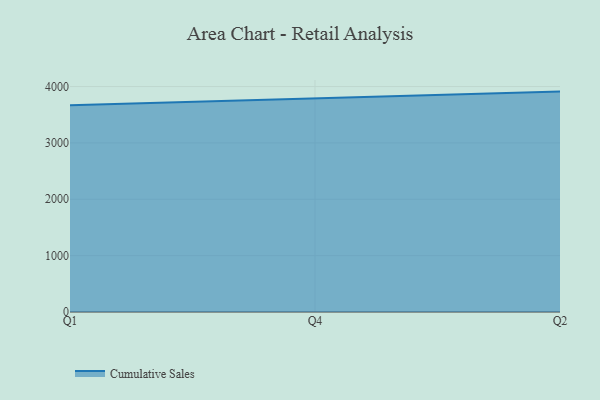
{"axis": {"x": "Quarter", "y": "Humidity (%)"}, "legend": ["Cumulative Sales"], "data": [{"x": "Q1", "y": 3669.8, "type": "Cumulative Sales"}, {"x": "Q4", "y": 3796.0, "type": "Cumulative Sales"}, {"x": "Q2", "y": 3910.3, "type": "Cumulative Sales"}]}